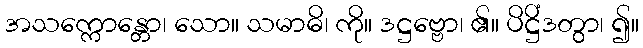
အသက္ကောန္တော၊ သော။ သမာဓိ၊ ကို။ ဒဋ္ဌဗ္ဗော၊ ၏။ ပိဋ္ဌိံဒတွာ၊ ၍။